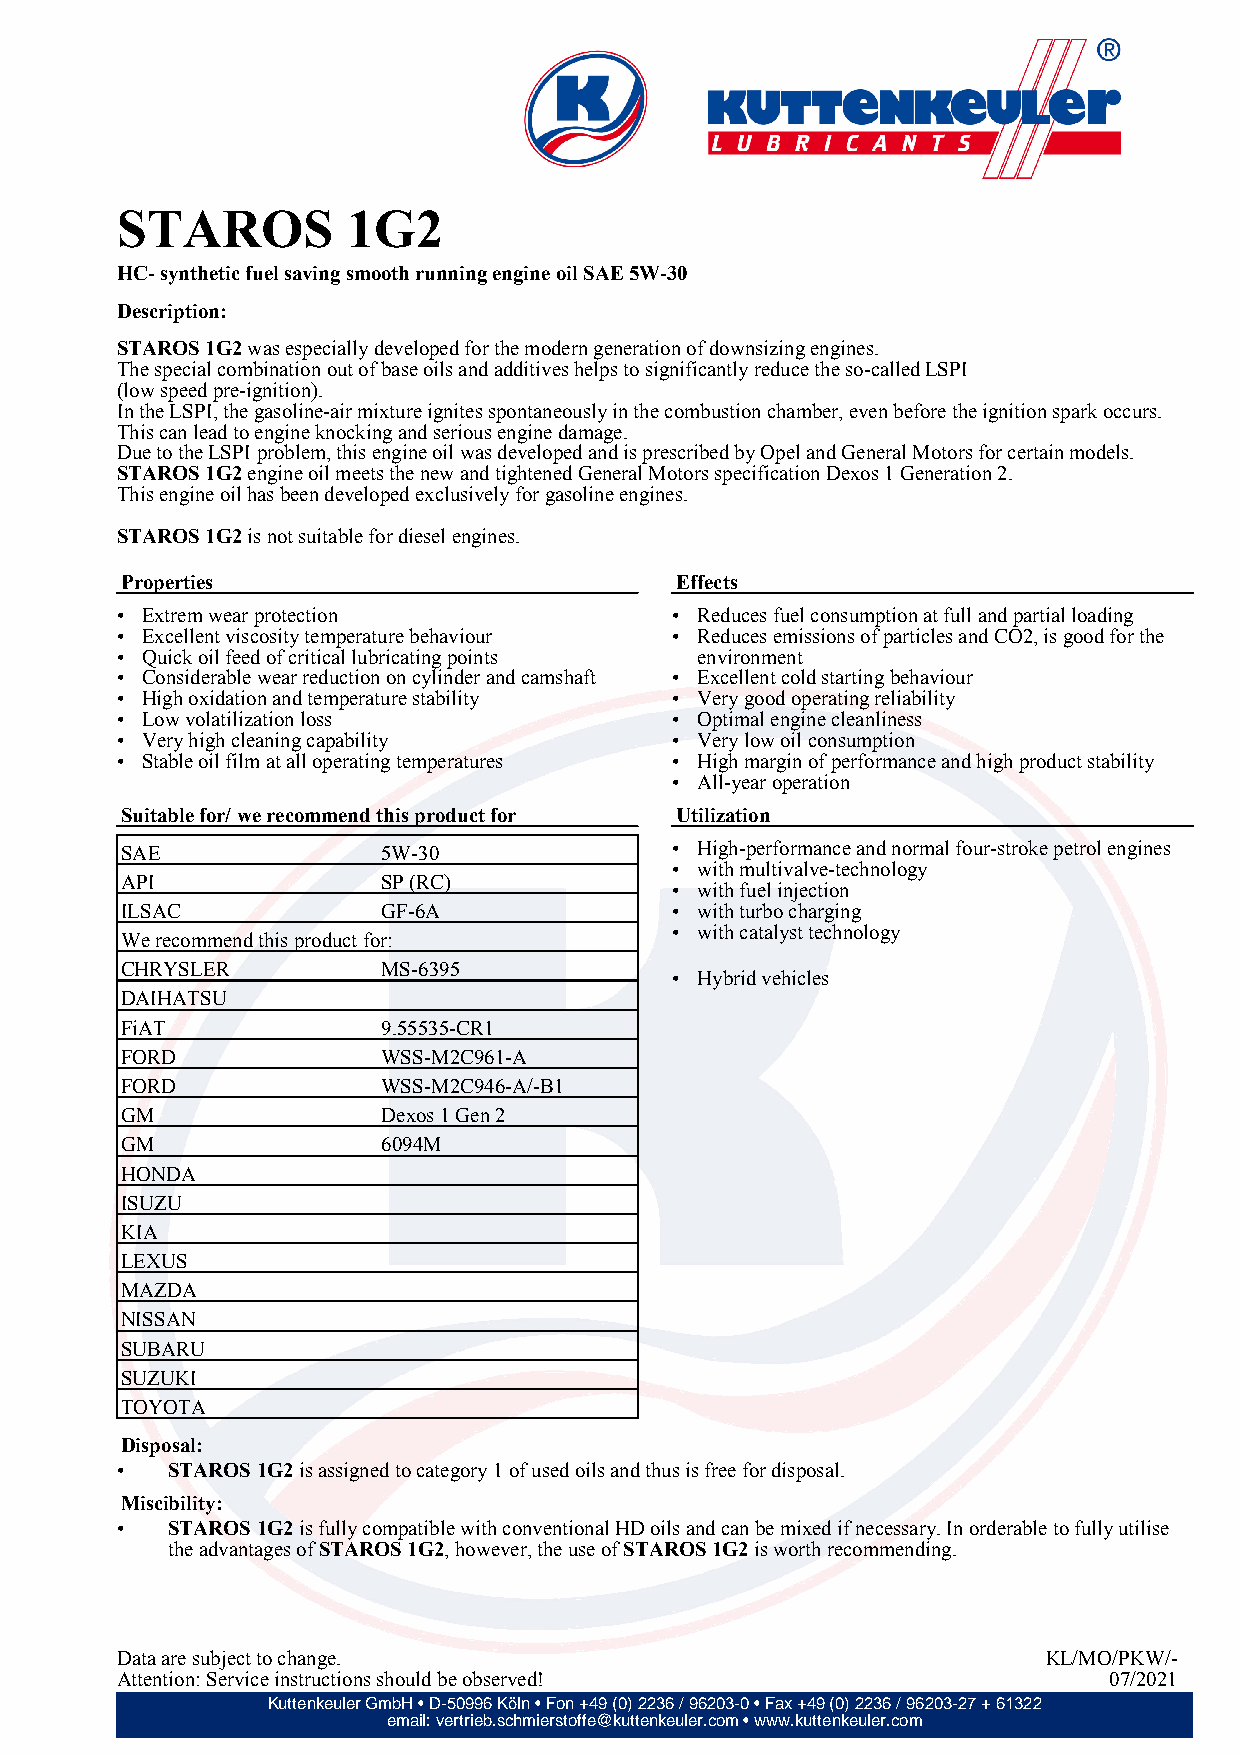
STAROS         1G2
 HC- synthetic fuel saving smooth running engine oil SAE 5W-30
 Description:
 STAROS 1G2 was especially developed for the modern generation of downsizing engines.
 The special combination out of base oils and additives helps to significantly reduce the so-called LSPI
 (low speed pre-ignition).
 In the LSPI, the gasoline-air mixture ignites spontaneously in the combustion chamber, even before the ignition spark occurs.
 This can lead to engine knocking and serious engine damage.
 Due to the LSPI problem, this engine oil was developed and is prescribed by Opel and General Motors for certain models.
 STAROS 1G2 engine oil meets the new and tightened General Motors specification Dexos 1 Generation 2.
 This engine oil has been developed exclusively for gasoline engines.
 STAROS 1G2 is not suitable for diesel engines.
 Properties                           Effects
 • Extrem wear protection            • Reduces fuel consumption at full and partial loading
 • Excellent viscosity temperature behaviour • Reduces emissions of particles and CO2, is good for the
 • Quick oil feed of critical lubricating points environment
 • Considerable wear reduction on cylinder and camshaft • Excellent cold starting behaviour
 • High oxidation and temperature stability • Very good operating reliability
 • Low volatilization loss           • Optimal engine cleanliness
 • Very high cleaning capability     • Very low oil consumption
 • Stable oil film at all operating temperatures • High margin of performance and high product stability
 • All-year operation
 Suitable for/ we recommend this product for Utilization
 SAE              5W-30              • High-performance and normal four-stroke petrol engines
 • with multivalve-technology
 API              SP (RC)
 • with fuel injection
 ILSAC            GF-6A              • with turbo charging
 • with catalyst technology
 We recommend this product for:
 CHRYSLER         MS-6395
 • Hybrid vehicles
 DAIHATSU
 FiAT             9.55535-CR1
 FORD             WSS-M2C961-A
 FORD             WSS-M2C946-A/-B1
 GM               Dexos 1 Gen 2
 GM               6094M
 HONDA
 ISUZU
 KIA
 LEXUS
 MAZDA
 NISSAN
 SUBARU
 SUZUKI
 TOYOTA
 Disposal:
 •  STAROS 1G2 is assigned to category 1 of used oils and thus is free for disposal.
 Miscibility:
 •  STAROS 1G2 is fully compatible with conventional HD oils and can be mixed if necessary. In orderable to fully utilise
 the advantages of STAROS 1G2, however, the use of STAROS 1G2 is worth recommending.
 Data are subject to change.                                  KL/MO/PKW/-
 Attention: Service instructions should be observed!              07/2021
 Kuttenkeuler GmbH • D-50996 Köln • Fon +49 (0) 2236 / 96203-0 • Fax +49 (0) 2236 / 96203-27 + 61322
 email: vertrieb.schmierstoffe@kuttenkeuler.com • www.kuttenkeuler.com